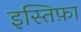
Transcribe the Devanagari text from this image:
इस्तिफ़ा